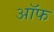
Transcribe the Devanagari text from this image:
अॉफ